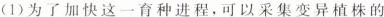
(1)为了加快这一育种进程，可以采集变异植株的